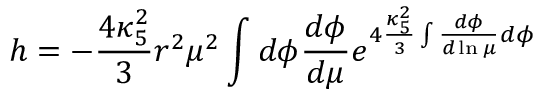
h = - \frac { 4 \kappa _ { 5 } ^ { 2 } } { 3 } r ^ { 2 } \mu ^ { 2 } \int d \phi \frac { d \phi } { d \mu } e ^ { 4 \frac { \kappa _ { 5 } ^ { 2 } } { 3 } \int \frac { d \phi } { d \ln \mu } d \phi }